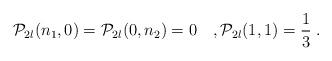
LaTeX: \begin{align*}{\cal P}_{2l}(n_1,0)={\cal P}_{2l}(0,n_2)=0\quad,{\cal P}_{2l}(1,1) = \frac{1}{3}\; .\end{align*}